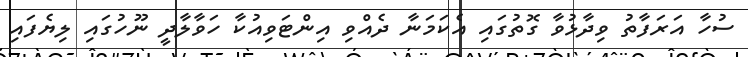
ސުހާ އަރަފާތު ވިދާޅުވާ ގޮތުގައި އެކަމަނާ ދެއްވި އިންޓަވިއުކާ ހަވާލާދީ ނޫހުގައި ލިޔެފައި